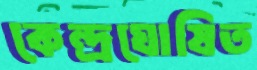
কেন্দ্রঘোষিত